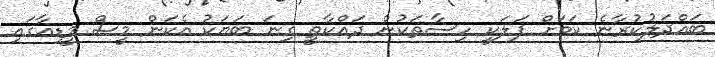
ބައްދަލުކުރާނެ ކަމަށް ފަލަކީ ހިސާތަކުން ދައްކާތީ ގިނަ ބަޔަކު އެކަން މީސް މީޑިއާގައި